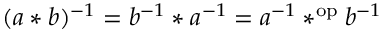
( a * b ) ^ { - 1 } = b ^ { - 1 } * a ^ { - 1 } = a ^ { - 1 } * ^ { \mathrm { o p } } b ^ { - 1 }